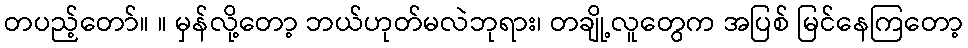
တပည့်တော်။ ။ မှန်လို့တော့ ဘယ်ဟုတ်မလဲဘုရား၊ တချို့လူတွေက အပြစ် မြင်နေကြတော့